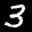
Label: 3